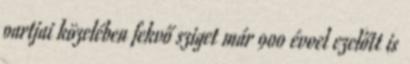
partjai közelében fekvő sziget már 900 évvel ezelőtt is